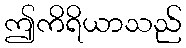
ဤကိရိယာသည်